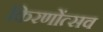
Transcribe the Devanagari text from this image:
किरणोंत्सव